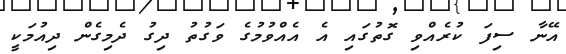
އޭނާ ސިފަ ކުރެއްވި ގޮތުގައި އެ އެއްވުމުގެ ވަގުތު ދިގު ދެމިގެން ދިއުމަކީ